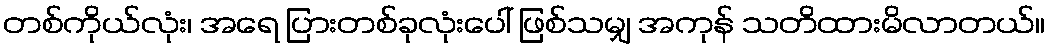
တစ်ကိုယ်လုံး၊ အရေ ပြားတစ်ခုလုံးပေါ် ဖြစ်သမျှ အကုန် သတိထားမိလာတယ်။